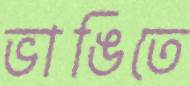
ভাঙিতে